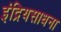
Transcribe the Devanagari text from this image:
इंद्रियसाधना